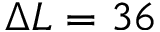
\Delta L = 3 6